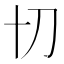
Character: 𭃄